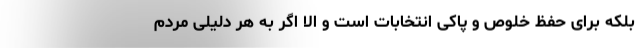
بلکه برای حفظ خلوص و پاکی انتخابات است و الا اگر به هر دلیلی مردم